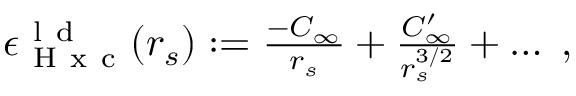
\begin{array} { r } { \epsilon _ { \mathrm { ~ H ~ x ~ c ~ } } ^ { \mathrm { ~ l ~ d ~ } } ( r _ { s } ) : = \frac { - C _ { \infty } } { r _ { s } } + \frac { C _ { \infty } ^ { \prime } } { r _ { s } ^ { 3 / 2 } } + \ldots \; , } \end{array}